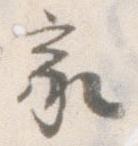
家